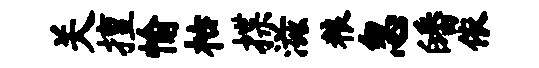
关擅愉枯揲滋粮忽皤依